Civil Veterinary Dept. Bombay admin report 1932-41 - 1932-1941
Year: 1932
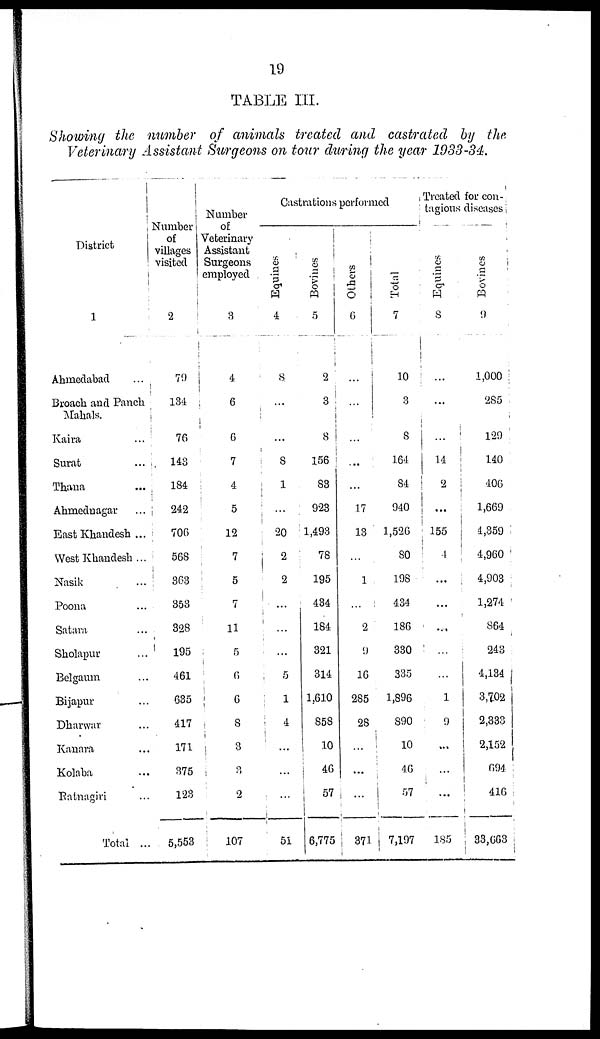
19
TABLE III.
Showing the number of animals treated and castrated by the
Veterinary Assistant Surgeons on tour during the year 1933-34.
District
1
Ahmedabad ...
Broach and Panch
Mahals.
Kaira ...
Surat ...
Thana ...
Ahmednagar ...
East Khandesh ...
West Khandesh ...
Nasik ...
Poona ...
Satara ...
Sholapur ...
Belgaum ...
Bijapur ...
Dharwar ...
Kanara ...
Kolaba ...
Ratnagiri ...
Total ...
Number
of
villages
visited
2
79
134
76
143
184
242
706
568
363
353
328
195
461
635
417
171
375
123
5,553
Number
of
Veterinary
Assistant
Surgeons
employed
3
4
6
6
7
4
5
12
7
5
7
11
5
6
6
8
3
3
2
107
Castrations performed
Equines
4
8
...
...
8
1
...
20
2
2
...
...
...
5
1
4
...
...
...
51
Bovines
5
2
3
8
156
83
923
1,493
78
195
434
184
321
314
1,610
858
10
46
57
6,775
Others
6
...
...
...
...
...
17
13
...
1
...
2
9
16
285
28
...
...
...
371
Total
7
10
3
8
164
84
940
1,526
80
198
434
186
330
335
1,896
890
10
46
57
7,197
Treated for con-
tagio
Equines
8
...
...
...
14
2
...
155
4
...
...
...
...
...
1
9
...
...
...
185
Bovines
9
1,000
285
129
140
406
1,669
4,359
4,960
4,903
1,274
864
243
4,134
3,702
2,333
2,152
694
416
33,663